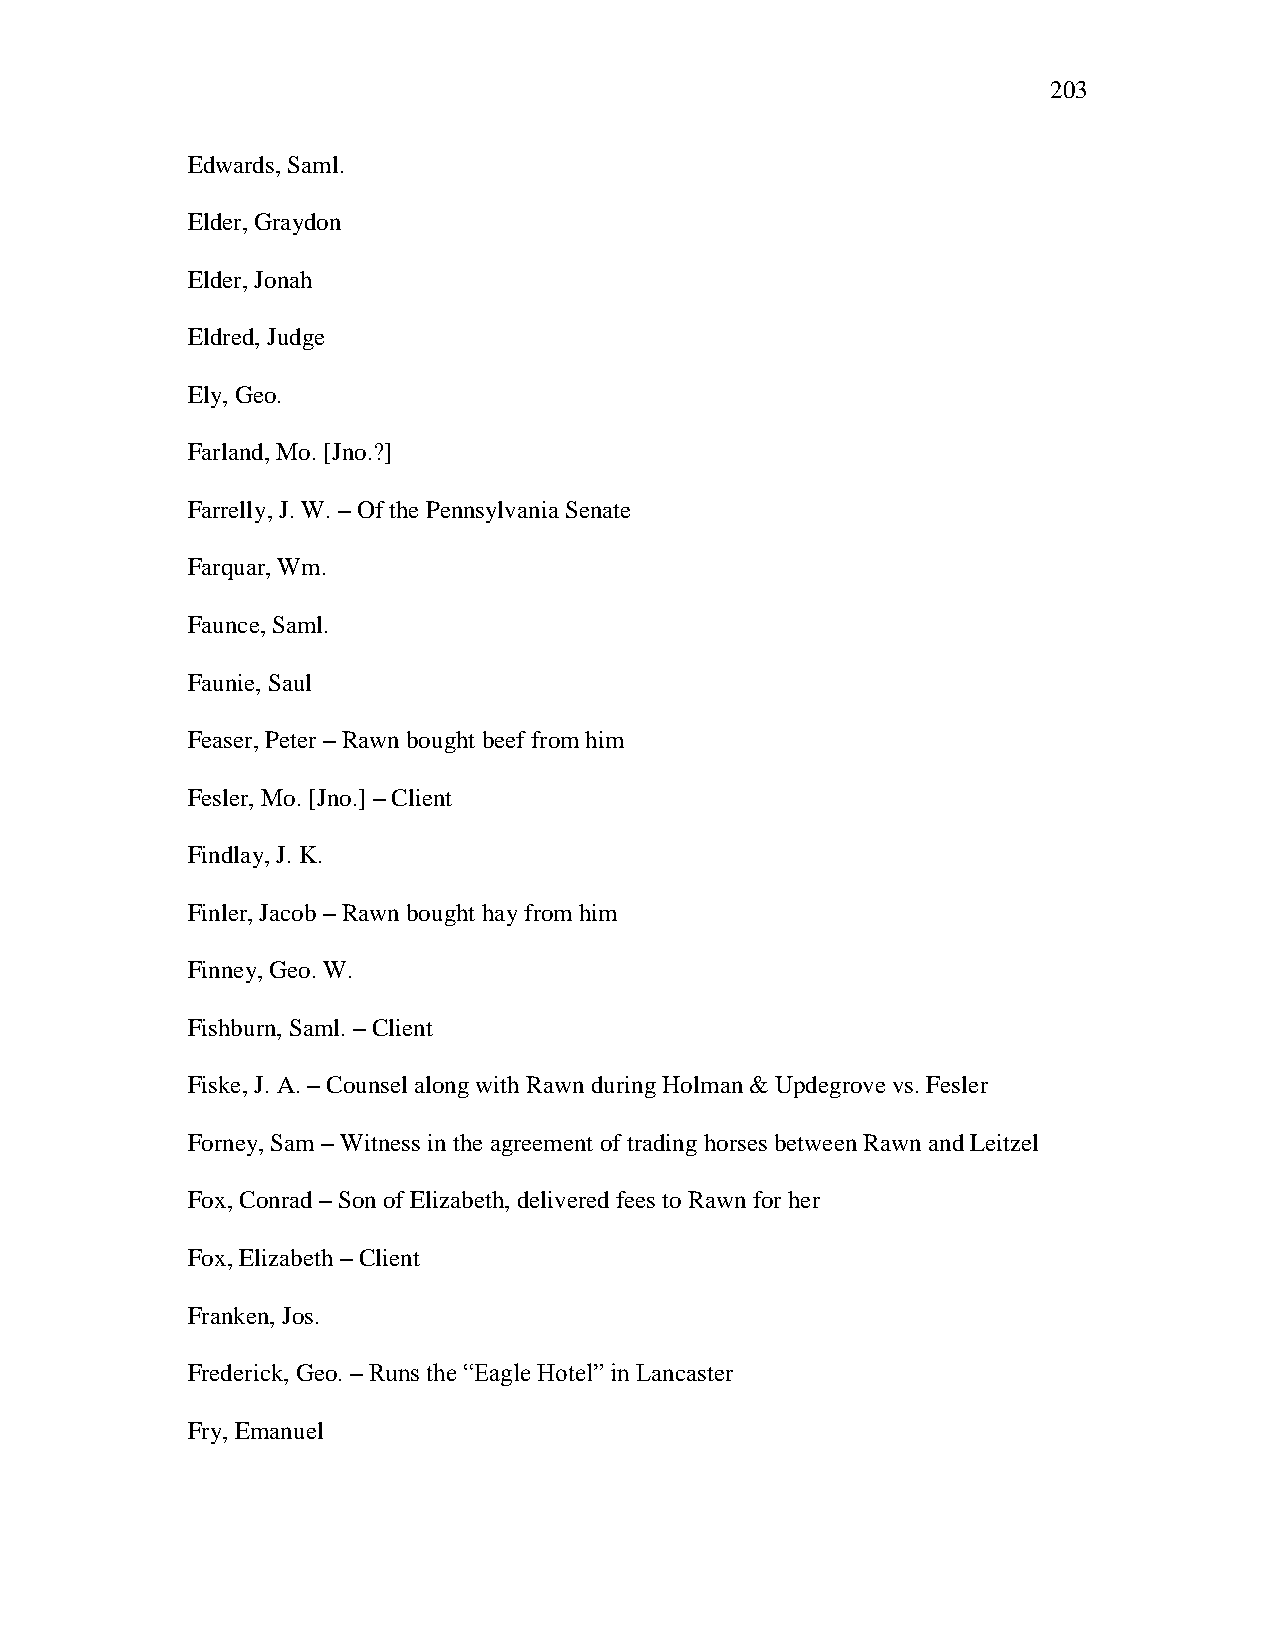
203
 Edwards, Saml.
 Elder, Graydon
 Elder, Jonah
 Eldred, Judge
 Ely, Geo.
 Farland, Mo. [Jno.?]
 Farrelly, J. W. – Of the Pennsylvania Senate
 Farquar, Wm.
 Faunce, Saml.
 Faunie, Saul
 Feaser, Peter – Rawn bought beef from him
 Fesler, Mo. [Jno.] – Client
 Findlay, J. K.
 Finler, Jacob – Rawn bought hay from him
 Finney, Geo. W.
 Fishburn, Saml. – Client
 Fiske, J. A. – Counsel along with Rawn during Holman & Updegrove vs. Fesler
 Forney, Sam – Witness in the agreement of trading horses between Rawn and Leitzel
 Fox, Conrad – Son of Elizabeth, delivered fees to Rawn for her
 Fox, Elizabeth – Client
 Franken, Jos.
 Frederick, Geo. – Runs the ―Eagle Hotel‖ in Lancaster
 Fry, Emanuel